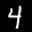
Label: 4